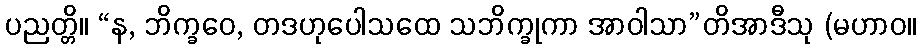
ပညတ္တိ။ “န, ဘိက္ခဝေ, တဒဟုပေါသထေ သဘိက္ခုကာ အာဝါသာ”တိအာဒီသု (မဟာဝ။